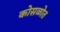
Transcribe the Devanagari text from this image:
कोसळोत